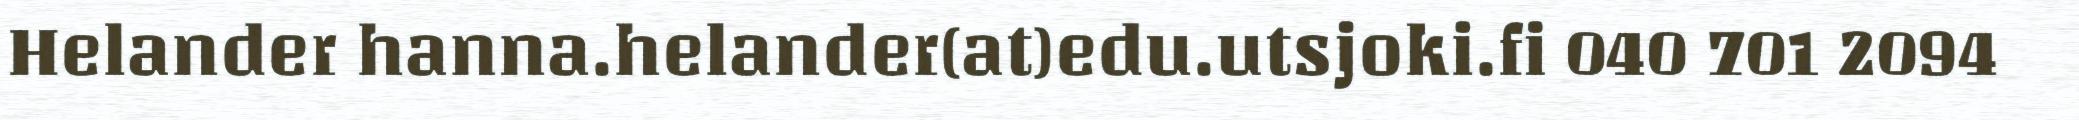
Helander hanna.helander(at)edu.utsjoki.fi 040 701 2094